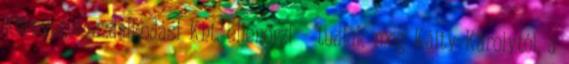
Környezetgazdálkodási Kht. ellenőrzi – tudjuk meg Káity Károlytól, a